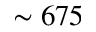
\sim 6 7 5